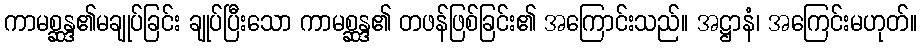
ကာမစ္ဆန္ဒ၏မချုပ်ခြင်း ချုပ်ပြီးသော ကာမစ္ဆန္ဒ၏ တဖန်ဖြစ်ခြင်း၏ အကြောင်းသည်။ အဋ္ဌာနံ၊ အကြေင်းမဟုတ်။